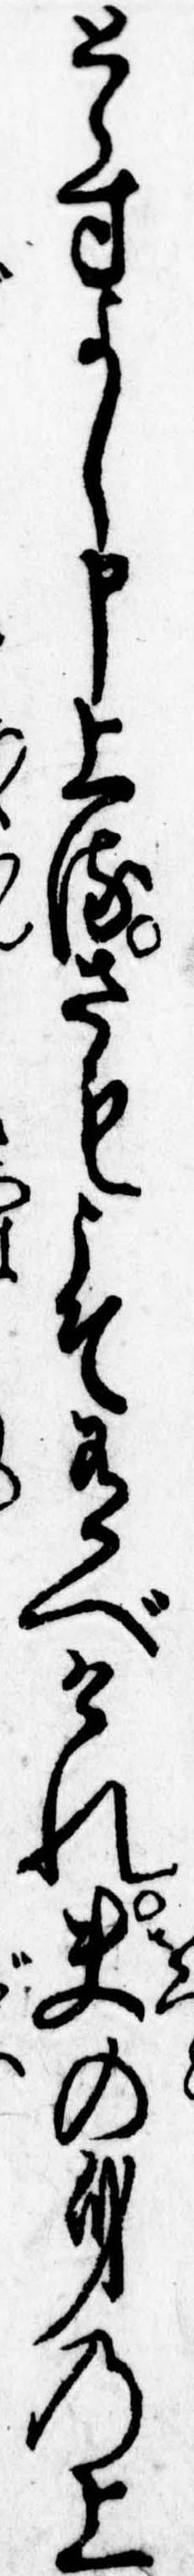
とらすよし申上るさもこそ有べけれ夫の身の上